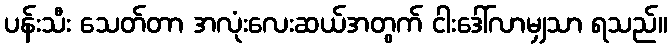
ပန်းသီး သေတ်တာ အလုံးလေးဆယ်အတွက် ငါးဒေါ်လာမျှသာ ရသည်။